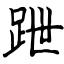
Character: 跇